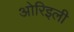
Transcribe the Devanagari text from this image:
ओरिइली